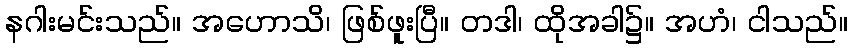
နဂါးမင်းသည်။ အဟောသိ၊ ဖြစ်ဖူးပြီ။ တဒါ၊ ထိုအခါ၌။ အဟံ၊ ငါသည်။